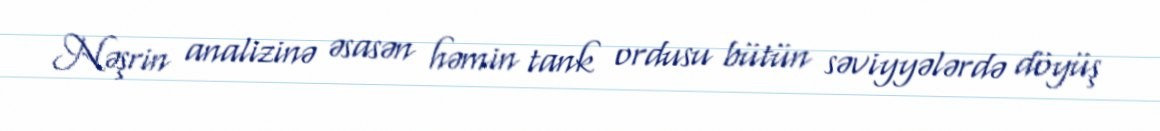
Nəşrin analizinə əsasən həmin tank ordusu bütün səviyyələrdə döyüş